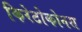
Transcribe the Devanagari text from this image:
किरेटोकोनस